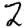
Digit: 2